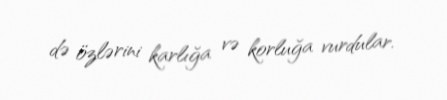
də özlərini karlığa və korluğa vurdular.